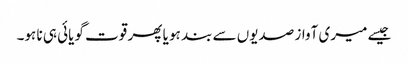
جیسے میری آواز صدیوں سے بند ہو یا پھر قوت گویائی ہی نا ہو۔